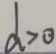
d > 0